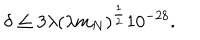
\delta \leq 3 \lambda ( \lambda m _ { N } ) ^ { \frac { 1 } { 2 } } 1 0 ^ { - 2 8 } .